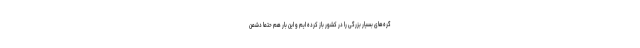
گره‌های بسیار بزرگی را در کشور باز کرده ایم و این بار هم حتماً دشمن